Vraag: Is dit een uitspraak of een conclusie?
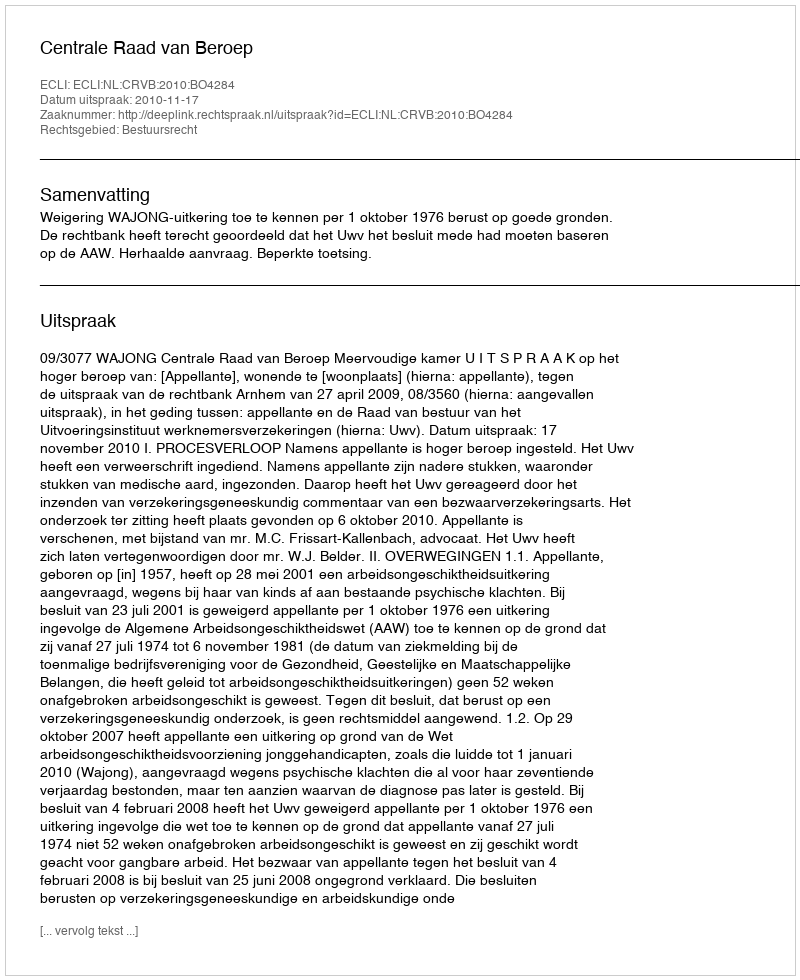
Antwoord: Uitspraak